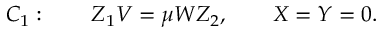
C _ { 1 } : \qquad Z _ { 1 } V = \mu W Z _ { 2 } , \qquad X = Y = 0 .